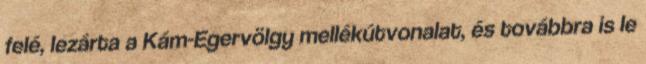
felé, lezárta a Kám-Egervölgy mellékútvonalat, és továbbra is le